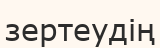
зертеудің